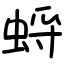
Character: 蛶